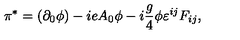
\pi ^ { * } = ( \partial _ { 0 } \phi ) - i e A _ { 0 } \phi - i \frac g 4 \phi \varepsilon ^ { i j } F _ { i j } ,